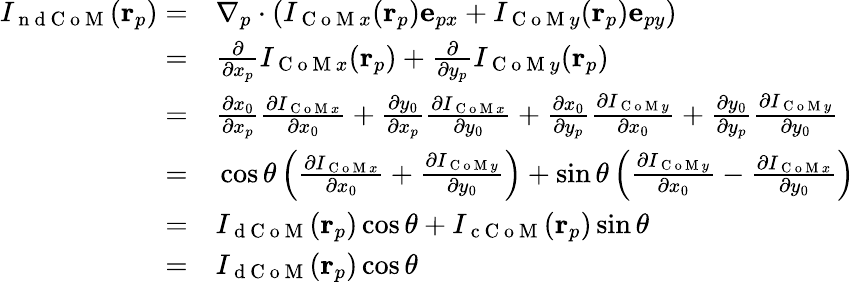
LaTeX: \begin{array}{rl}{I_{\mathrm{~n~d~C~o~M~}}(\mathbf{r}_{p})=}&{{}\nabla_{p}\cdot\left(I_{\mathrm{~C~o~M~}x}(\mathbf{r}_{p})\mathbf{e}_{px}+I_{\mathrm{~C~o~M~}y}(\mathbf{r}_{p})\mathbf{e}_{py}\right)}\\ {=}&{{}\frac{\partial}{\partial x_{p}}I_{\mathrm{~C~o~M~}x}(\mathbf{r}_{p})+\frac{\partial}{\partial y_{p}}I_{\mathrm{~C~o~M~}y}(\mathbf{r}_{p})}\\ {=}&{{}\frac{\partial x_{0}}{\partial x_{p}}\frac{\partial I_{\mathrm{~C~o~M~}x}}{\partial x_{0}}+\frac{\partial y_{0}}{\partial x_{p}}\frac{\partial I_{\mathrm{~C~o~M~}x}}{\partial y_{0}}+\frac{\partial x_{0}}{\partial y_{p}}\frac{\partial I_{\mathrm{~C~o~M~}y}}{\partial x_{0}}+\frac{\partial y_{0}}{\partial y_{p}}\frac{\partial I_{\mathrm{~C~o~M~}y}}{\partial y_{0}}}\\ {=}&{{}\cos\theta\left(\frac{\partial I_{\mathrm{~C~o~M~}x}}{\partial x_{0}}+\frac{\partial I_{\mathrm{~C~o~M~}y}}{\partial y_{0}}\right)+\sin\theta\left(\frac{\partial I_{\mathrm{~C~o~M~}y}}{\partial x_{0}}-\frac{\partial I_{\mathrm{~C~o~M~}x}}{\partial y_{0}}\right)}\\ {=}&{{}I_{\mathrm{~d~C~o~M~}}(\mathbf{r}_{p})\cos\theta+I_{\mathrm{~c~C~o~M~}}(\mathbf{r}_{p})\sin\theta}\\ {=}&{{}I_{\mathrm{~d~C~o~M~}}(\mathbf{r}_{p})\cos\theta}\end{array}